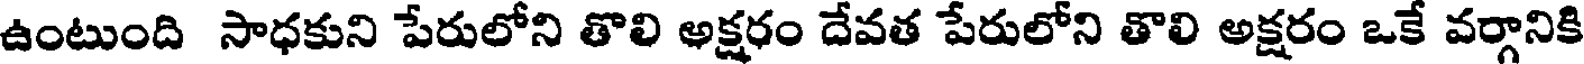
ఉంటుంది సాధకుని పేరులోని తొలి అక్షరం దేవత పేరులోని తొలి అక్షరం ఒకే వర్గానికి